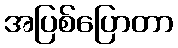
အပြစ်ပြောတာ